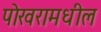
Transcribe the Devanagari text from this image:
पोखरामधील